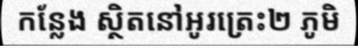
កន្លែង ស្ថិតនៅអូរត្រេះ២ ភូមិ